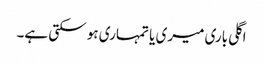
اگلی باری میری یا تمہاری ہو سکتی ہے۔